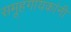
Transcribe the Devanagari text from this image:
समूहगायकांनी